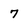
Character: 7